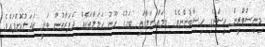
މިނިސްޓްރީން އިސްނެގި ހިސާބުންނެވެ. މމައްސަލާގައި ބަހުގެ ހޫނު ހަމަލާތަކެއް ދެފަރާތުން ވަނީ ބަދަލުކޮށްފައެވެ.